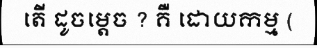
តើ ដូចម្តេច ? គឺ ដោយកម្ម (